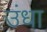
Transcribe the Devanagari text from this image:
उंधा